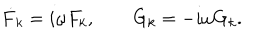
\dot { F } _ { k } = i \omega F _ { k } , \qquad \dot { G } _ { k } = - i \omega G _ { k } .